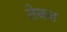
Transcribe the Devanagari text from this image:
तेबल